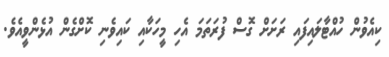
ކިއެވުން ހުއްޓާލައިފައި ރަށަށް ގޮސް ފުރަތަމަ އެހި މީހަކާއި ކައިވެނި ކޮށްގެން އުޅެންވީއެވެ.